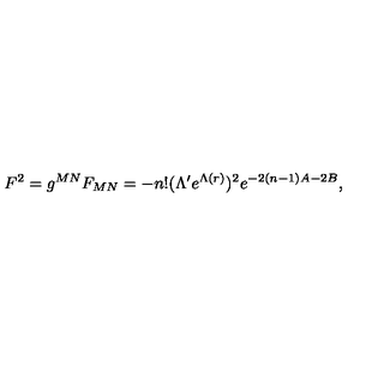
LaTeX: F ^ { 2 } = g ^ { M N } F _ { M N } = - n ! ( \Lambda ^ { \prime } e ^ { \Lambda ( r ) } ) ^ { 2 } e ^ { - 2 ( n - 1 ) A - 2 B } ,